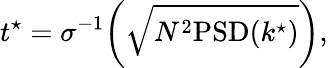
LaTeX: t^{\star}=\sigma^{-1}\bigg(\sqrt{N^{2}\mathrm{PSD}(k^{\star})}\bigg),